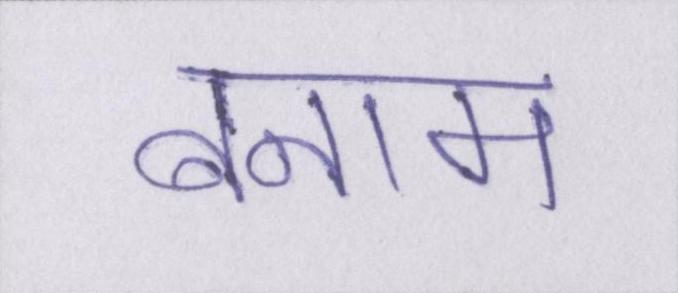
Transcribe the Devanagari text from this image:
बनाम